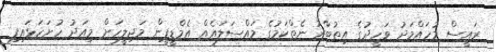
ރައީސް މުހައްމަދު ވަހީދުގެ އިތުބާރު ނެތްކަމުގެ މައްސަލައެއް އެމްޑީޕީން މަޖިލީހަށް މިއަދު ހުށަހަޅައިފި